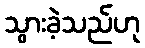
သွားခဲ့သည်ဟု